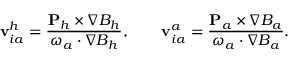
{ \bf v } _ { i a } ^ { h } = \frac { { \bf P } _ { h } \times \nabla B _ { h } } { \boldsymbol { \omega } _ { a } \cdot \nabla B _ { h } } , \qquad { \bf v } _ { i a } ^ { a } = \frac { { \bf P } _ { a } \times \nabla B _ { a } } { \boldsymbol { \omega } _ { a } \cdot \nabla B _ { a } } .